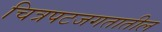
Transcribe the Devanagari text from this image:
चित्रपटजगतातील